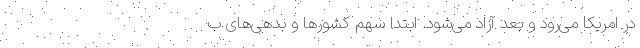
در امریکا می‌رود و بعد آزاد می‌شود. ابتدا سهم کشورها و بدهی‌های ب